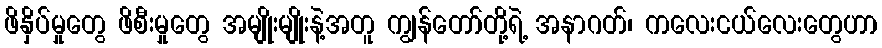
ဖိနှိပ်မှုတွေ ဖိစီးမှုတွေ အမျိုးမျိုးနဲ့အတူ ကျွန်တော်တို့ရဲ့ အနာဂတ်၊ ကလေးငယ်လေးတွေဟာ